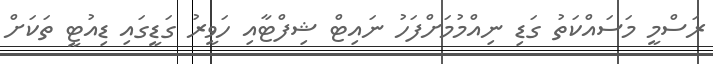
ރަސްމީ މަސައްކަތު ގަޑި ނިއްމުމަށްފަހު ނައިޓް ޝިފްޓާއި ހަވީރު ގަޑީގައި ޑިއުޓީ ތަކަށް